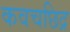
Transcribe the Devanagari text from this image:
कवचछिद्र